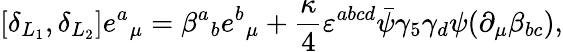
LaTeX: [\delta_{L_{1}},\delta_{L_{2}}]e{^a}_{\mu}=\beta{^a}_{b}e{^b}_{\mu}+{\frac{\kappa}{4}}\varepsilon^{abcd}\bar{\psi}\gamma_{5}\gamma_{d}\psi(\partial_{\mu}\beta_{bc}),